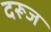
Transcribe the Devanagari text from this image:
दरूज